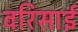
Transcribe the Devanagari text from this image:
वरिसाई